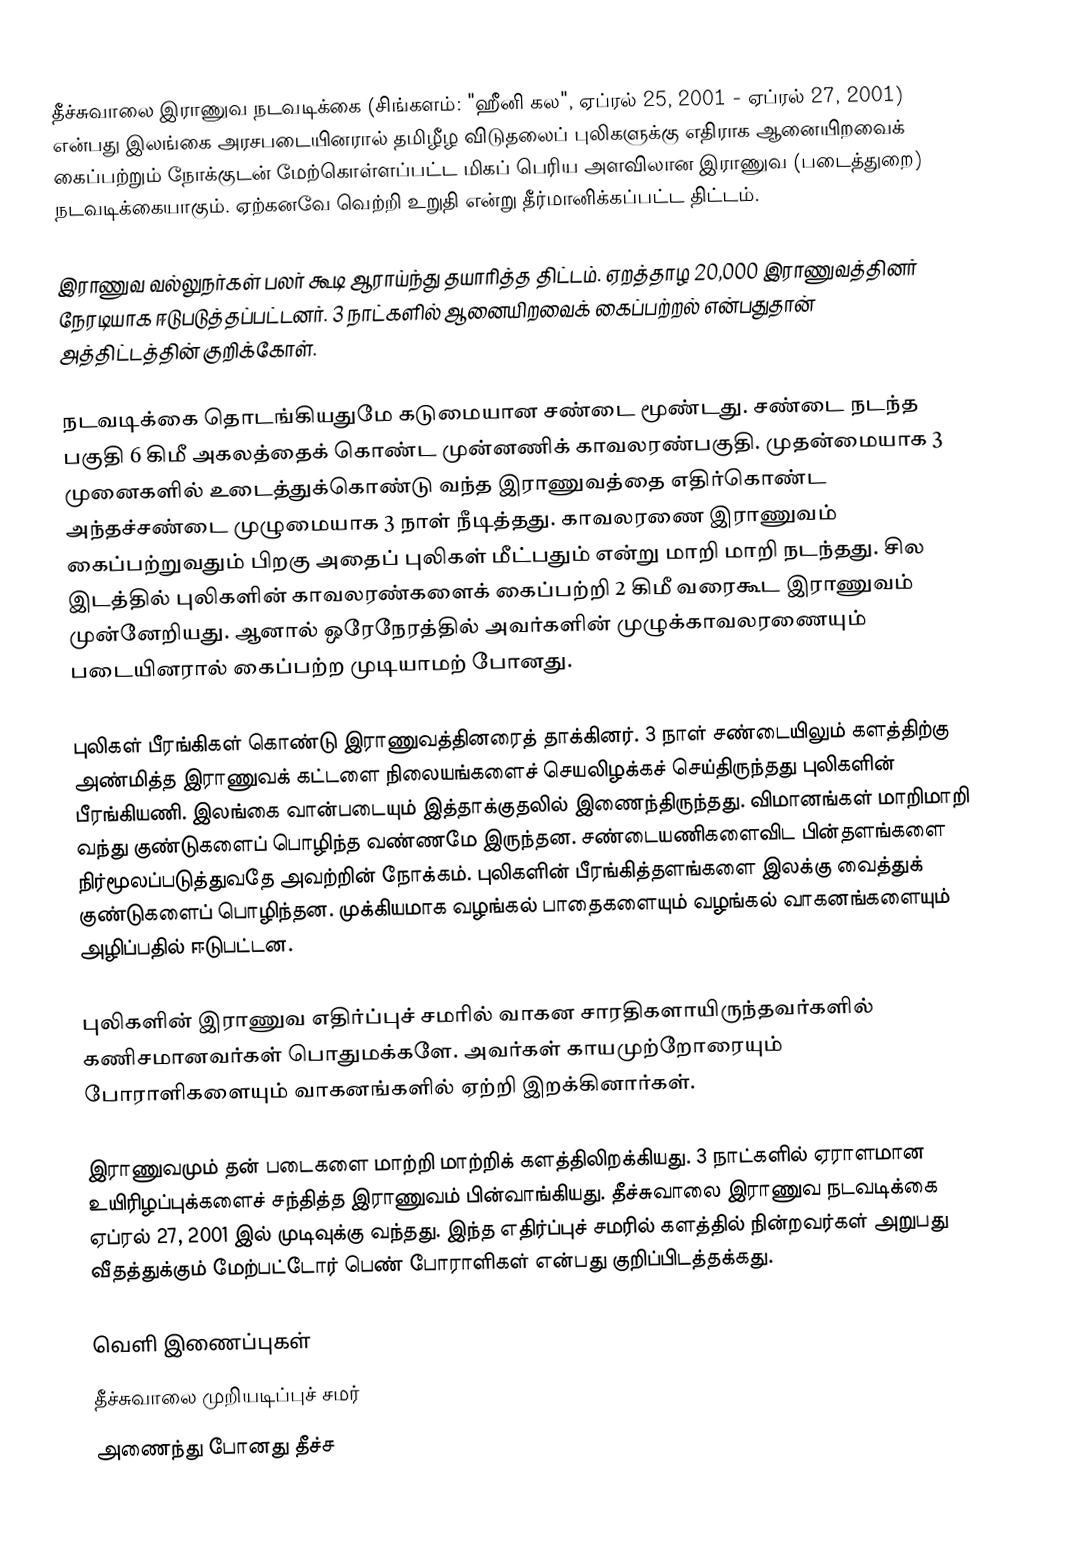
தீச்சுவாலை இராணுவ நடவடிக்கை (சிங்களம்: "ஹீனி கல", ஏப்ரல் 25, 2001 - ஏப்ரல் 27, 2001) என்பது இலங்கை அரசபடையினரால் தமிழீழ விடுதலைப் புலிகளுக்கு எதிராக ஆனையிறவைக் கைப்பற்றும் நோக்குடன் மேற்கொள்ளப்பட்ட மிகப் பெரிய அளவிலான இராணுவ (படைத்துறை) நடவடிக்கையாகும். ஏற்கனவே வெற்றி உறுதி என்று தீர்மானிக்கப்பட்ட திட்டம்.

இராணுவ வல்லுநர்கள் பலர் கூடி ஆராய்ந்து தயாரித்த திட்டம். ஏறத்தாழ 20,000 இராணுவத்தினர் நேரடியாக ஈடுபடுத்தப்பட்டனர். 3 நாட்களில் ஆனையிறவைக் கைப்பற்றல் என்பதுதான் அத்திட்டத்தின் குறிக்கோள்.

நடவடிக்கை தொடங்கியதுமே கடுமையான சண்டை மூண்டது. சண்டை நடந்த பகுதி 6 கிமீ அகலத்தைக் கொண்ட முன்னணிக் காவலரண்பகுதி. முதன்மையாக 3 முனைகளில் உடைத்துக்கொண்டு வந்த இராணுவத்தை எதிர்கொண்ட அந்தச்சண்டை முழுமையாக 3 நாள் நீடித்தது. காவலரணை இராணுவம் கைப்பற்றுவதும் பிறகு அதைப் புலிகள் மீட்பதும் என்று மாறி மாறி நடந்தது. சில இடத்தில் புலிகளின் காவலரண்களைக் கைப்பற்றி 2 கிமீ வரைகூட இராணுவம் முன்னேறியது. ஆனால் ஒரேநேரத்தில் அவர்களின் முழுக்காவலரணையும் படையினரால் கைப்பற்ற முடியாமற் போனது.

புலிகள் பீரங்கிகள் கொண்டு இராணுவத்தினரைத் தாக்கினர். 3 நாள் சண்டையிலும் களத்திற்கு அண்மித்த இராணுவக் கட்டளை நிலையங்களைச் செயலிழக்கச் செய்திருந்தது புலிகளின் பீரங்கியணி. இலங்கை வான்படையும் இத்தாக்குதலில் இணைந்திருந்தது. விமானங்கள் மாறிமாறி வந்து குண்டுகளைப் பொழிந்த வண்ணமே இருந்தன. சண்டையணிகளைவிட பின்தளங்களை நிர்மூலப்படுத்துவதே அவற்றின் நோக்கம். புலிகளின் பீரங்கித்தளங்களை இலக்கு வைத்துக் குண்டுகளைப் பொழிந்தன. முக்கியமாக வழங்கல் பாதைகளையும் வழங்கல் வாகனங்களையும் அழிப்பதில் ஈடுபட்டன.

புலிகளின் இராணுவ எதிர்ப்புச் சமரில் வாகன சாரதிகளாயிருந்தவர்களில் கணிசமானவர்கள் பொதுமக்களே. அவர்கள் காயமுற்றோரையும் போராளிகளையும் வாகனங்களில் ஏற்றி இறக்கினார்கள்.

இராணுவமும் தன் படைகளை மாற்றி மாற்றிக் களத்திலிறக்கியது. 3 நாட்களில் ஏராளமான உயிரிழப்புக்களைச் சந்தித்த இராணுவம் பின்வாங்கியது. தீச்சுவாலை இராணுவ நடவடிக்கை ஏப்ரல் 27, 2001 இல் முடிவுக்கு வந்தது. இந்த எதிர்ப்புச் சமரில் களத்தில் நின்றவர்கள் அறுபது வீதத்துக்கும் மேற்பட்டோர் பெண் போராளிகள் என்பது குறிப்பிடத்தக்கது.

வெளி இணைப்புகள்
 தீச்சுவாலை முறியடிப்புச் சமர்
 அணைந்து போனது தீச்ச